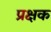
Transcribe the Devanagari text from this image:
प्रक्षक